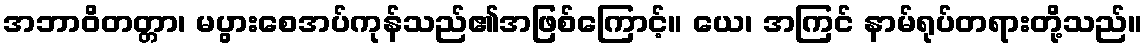
အဘာဝိတတ္တာ၊ မပွားစေအပ်ကုန်သည်၏အဖြစ်ကြောင့်။ ယေ၊ အကြင် နာမ်ရုပ်တရားတို့သည်။